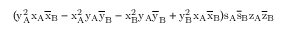
( \mathrm { y _ { A } ^ { 2 } \mathrm { x _ { A } \mathrm { \overline { { x } } _ { B } - \mathrm { x _ { A } ^ { 2 } \mathrm { y _ { A } \mathrm { \overline { { y } } _ { B } - \mathrm { x _ { B } ^ { 2 } \mathrm { y _ { A } \mathrm { \overline { { y } } _ { B } + \mathrm { y _ { B } ^ { 2 } \mathrm { x _ { A } \mathrm { \overline { { x } } _ { B } ) \mathrm { s _ { A } \mathrm { \overline { { s } } _ { B } \mathrm { z _ { A } \mathrm { \overline { { z } } _ { B } } } } } } } } } } } } } } } } }